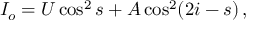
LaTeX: \! I _ { o } = U \cos ^ { 2 } s + A \cos ^ { 2 } ( 2 i - s ) \, ,